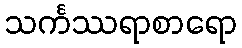
သင်္ကဿရာစာရော